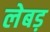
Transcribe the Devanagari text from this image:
लेबड़